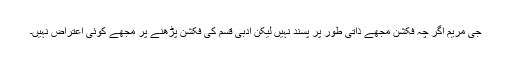
جی مریم اگر چہ فکشن مجھے ذاتی طور پر پسند نہیں لیکن ادبی قسم کی فکشن پڑھنے پر مجھے کوئی اعتراض نہیں۔